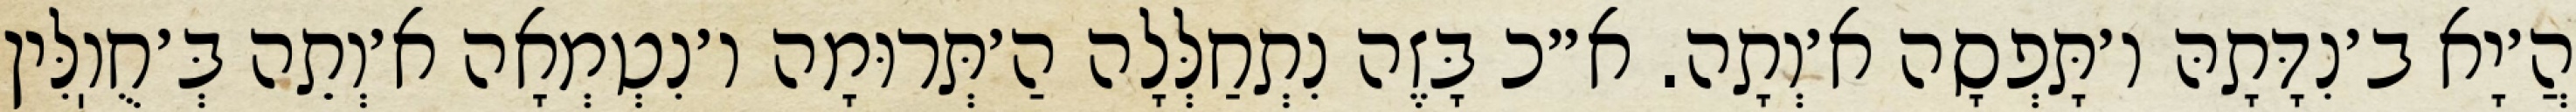
הֲ׳יָא ב׳נִדָּתָהּ ו׳תָּפְסָה א׳וְתָה. א״כ בָּזֶה נִתְחַלְּלָה הַ׳תְּרוּמָה ו׳נִטְמְאָה א׳וְתֵה בְּ׳חֻוֽלִּין